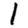
Digit: 1